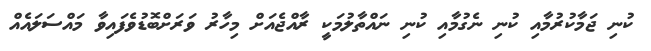
ކުނި ޖަމާކުރުމާއި ކުނި ނެގުމާއި ކުނި ނައްތާލުމަކީ ރާއްޖެއަށް މިހާރު ވަރަށްބޮޑުވެފައިވާ މައްސަލައެއް